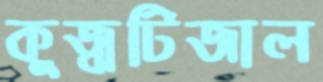
কুজ্ঝটিজাল